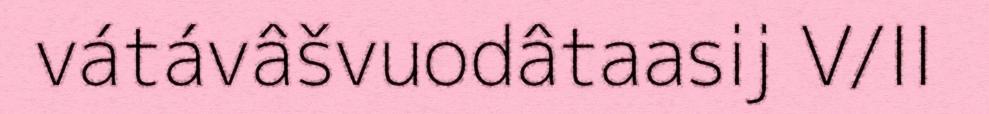
vátávâšvuodâtaasij V/II